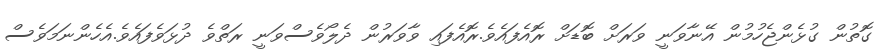
ގޮތުން ގުޅެންޖެހުމުން އޭނާވަނީ ވަރަށް ބޮޑަށް ރޮއެފައެވެ.ރޮއެފައި ވާވަރުން ދެލޯވެސްވަނީ ރަތްވެ ދުޅަވެފައެވެ.އެހެންނަމަވެސް